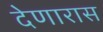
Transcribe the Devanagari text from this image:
देणारास